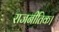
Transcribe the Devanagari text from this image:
राजनीतिक।